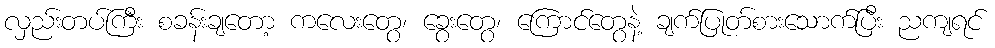
လှည်းတပ်ကြီး စခန်းချတော့ ကလေးတွေ၊ ခွေးတွေ၊ ကြောင်တွေနဲ့ ချက်ပြုတ်စားသောက်ပြီး ညကျရင်